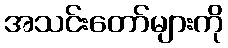
အသင်းတော်များကို